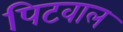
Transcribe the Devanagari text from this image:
पिटवाल